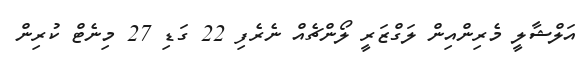
އަލްޝާލީ މެރިންއިން ލަގްޒަރީ ލޯންޗެއް ނެރެފި 22 ގަޑި 27 މިނެޓް ކުރިން